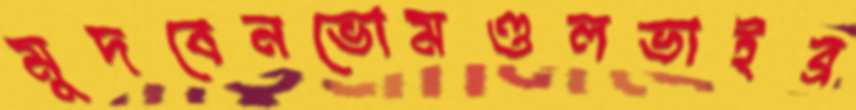
মুদবেনভোমণ্ডলভাইব্র